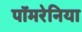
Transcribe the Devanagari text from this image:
पॉमरेनिया